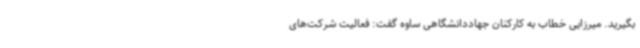
بگیرید. میرزایی خطاب به کارکنان جهاددانشگاهی ساوه گفت: فعالیت شرکت‌های